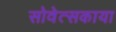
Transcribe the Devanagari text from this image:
सोवेत्सकाया